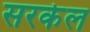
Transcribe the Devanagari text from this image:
सरकेल